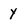
Character: y